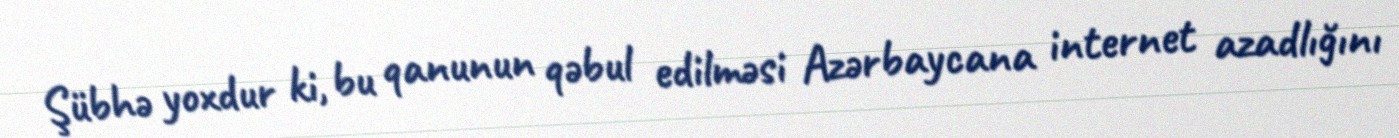
Şübhə yoxdur ki, bu qanunun qəbul edilməsi Azərbaycana internet azadlığını